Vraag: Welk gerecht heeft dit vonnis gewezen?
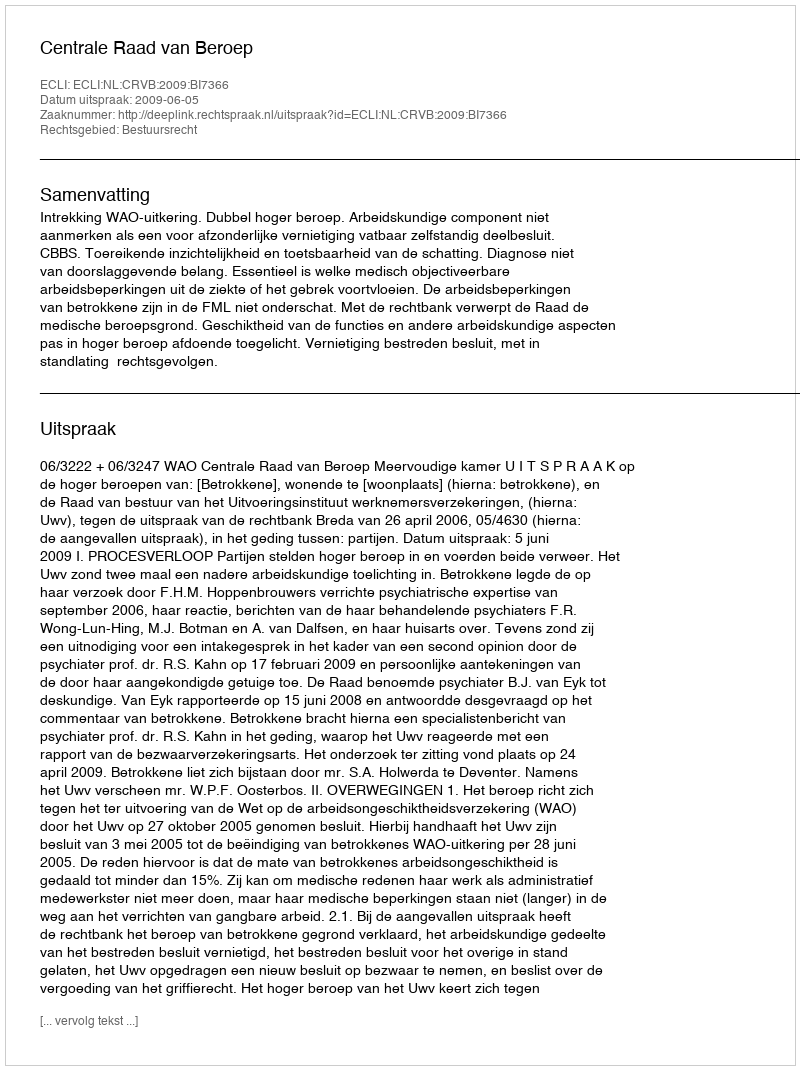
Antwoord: Centrale Raad van Beroep